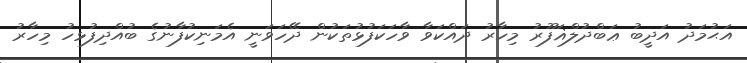
އަޙުމަދު އަދީބު ޢަބްދުލްޣަފޫރު މިހާރު ދައްކަވާ ވާހަކަފުޅުތަކުން ދޭހަވަނީ އެމަނިކުފާނުގެ ބުއްދިފުޅހު މިހާރު